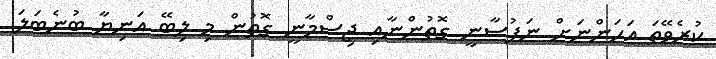
ކުރެވޭތަ އަހަންނަށް ނަފުސާނީ ގޮތުންނާއި ޖިސްމާނީ ގޮތުން މި ލިބޭ އަނިޔާ ބުނެބަލަ